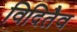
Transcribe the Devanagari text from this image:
विदितैव